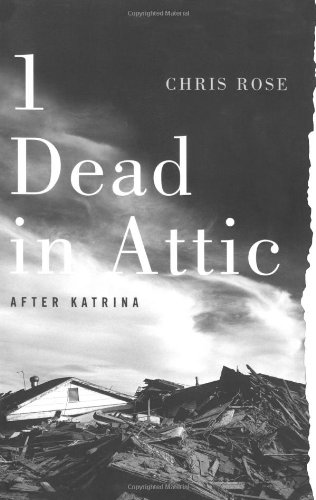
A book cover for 1 Dead in Attic: After Katrina; Chris Rose; Science & Math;